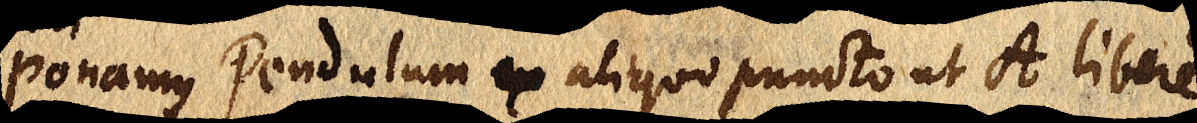
ponamus pendulum ex aliquo puncto ut A libere